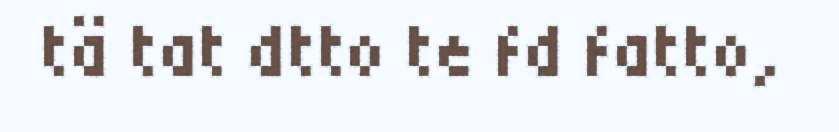
tä tat dtto te fd fatto,